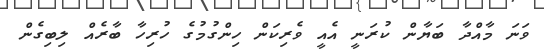
ވަނަ މާއްދާ ބަޔާން ކުރަނީ އެއީ ވެރިކަން ހިންގުމުގެ ހުރިހާ ބާރެއް ލިބިގެން